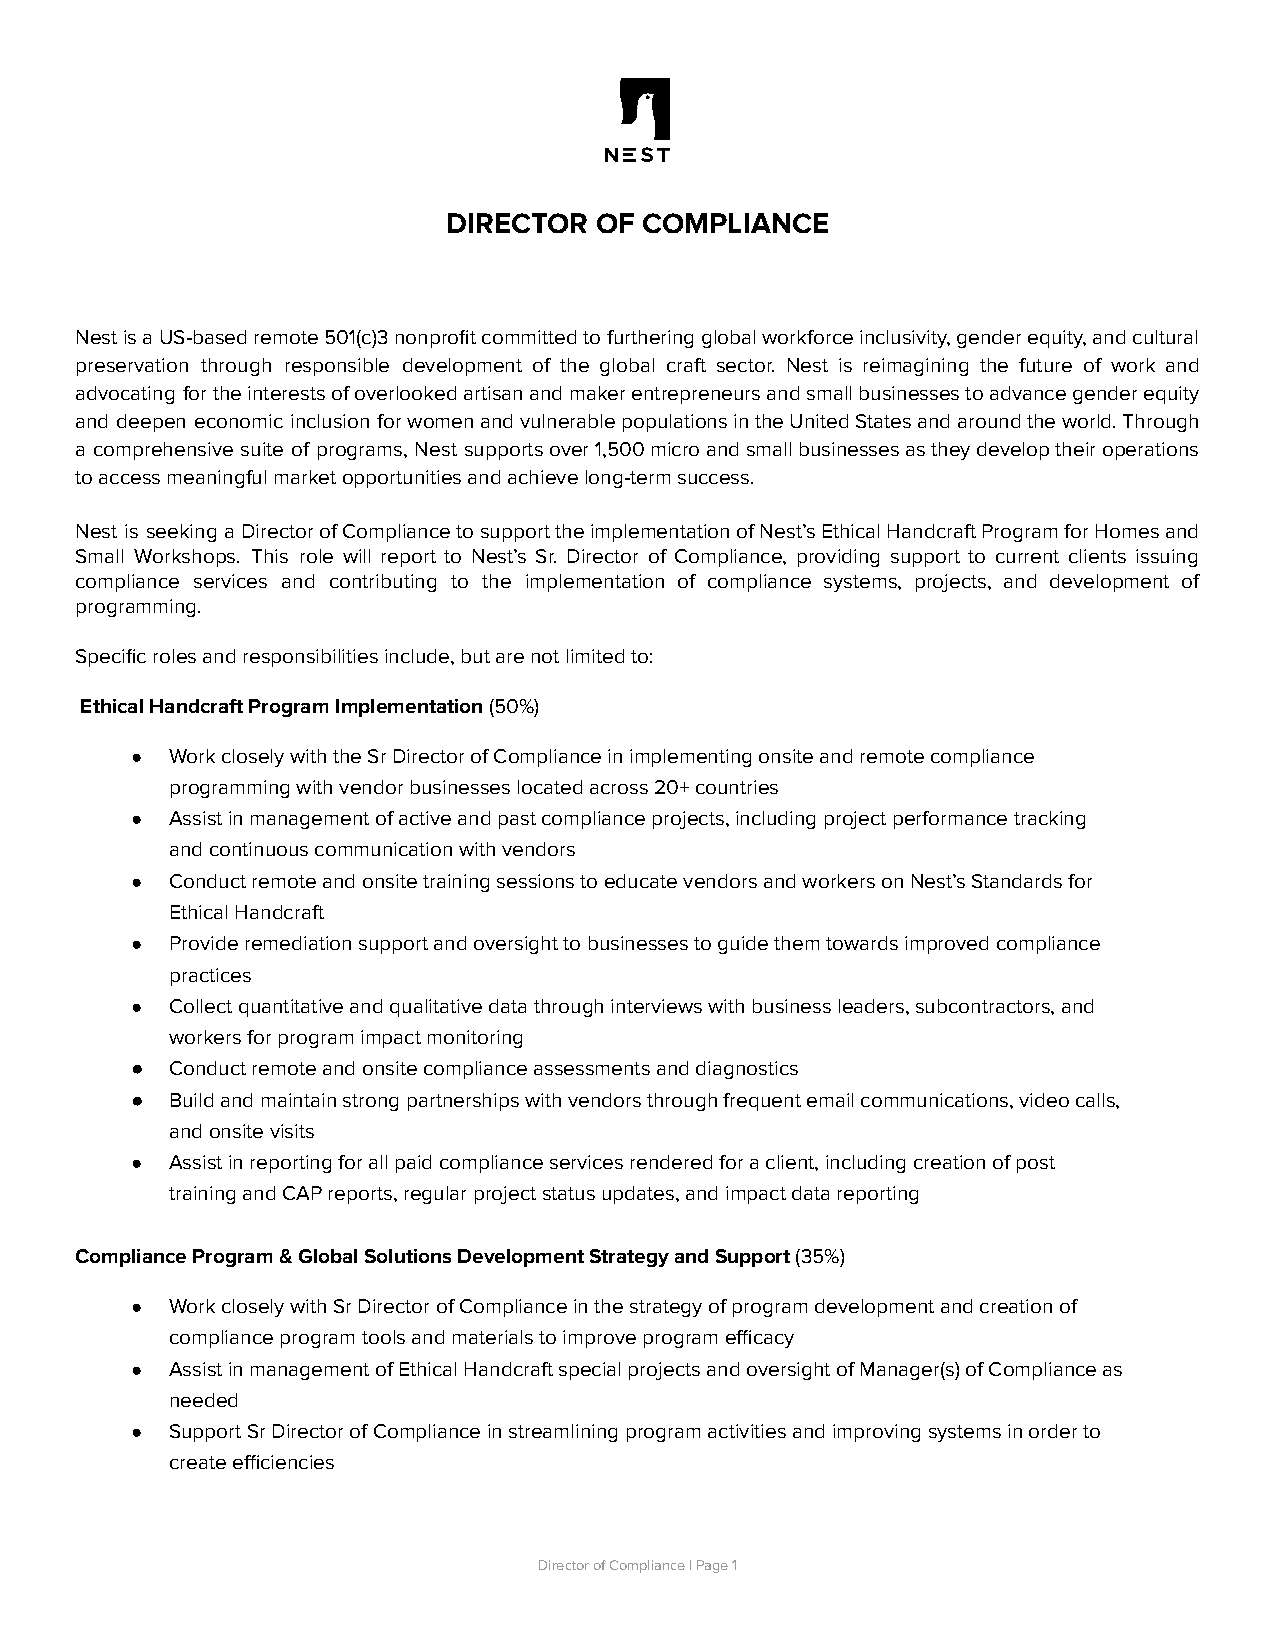
DIRECTOR OF  COMPLIANCE
 NestisaUS-basedremote501(c)3nonprofitcommittedtofurtheringglobalworkforceinclusivity,genderequity,andcultural
 preservation through responsible development of the global craft sector. Nest is reimagining the future of work and
 advocating fortheinterestsofoverlookedartisanandmakerentrepreneursandsmallbusinessestoadvancegenderequity
 and deepen economic inclusion forwomenandvulnerablepopulationsintheUnitedStatesandaroundtheworld.Through
 a comprehensive suite of programs, Nest supportsover1,500microandsmallbusinessesastheydeveloptheiroperations
 to access meaningful market opportunities and achieve long-term success.
 Nest is seeking aDirectorofCompliancetosupporttheimplementationofNest’sEthicalHandcraftProgramforHomesand
 Small Workshops. This role will report to Nest’s Sr. Director of Compliance, providing support to current clients issuing
 compliance services and contributing to the implementation of compliance systems, projects, and development of
 programming.
 Specific roles and responsibilities include, but are not limited to:
 Ethical Handcraft Program Implementation(50%)
 ● Work closely with the Sr Director of Compliance in implementing onsite and remote compliance
 programming with vendor businesses located across 20+ countries
 ● Assist in management of active and past compliance projects, including project performance tracking
 and continuous communication with vendors
 ● Conduct remote and onsite training sessions to educate vendors and workers on Nest’s Standards for
 Ethical Handcraft
 ● Provide remediation support and oversight to businesses to guide them towards improved compliance
 practices
 ● Collect quantitative and qualitative data through interviews with business leaders, subcontractors, and
 workers for program impact monitoring
 ● Conduct remote and onsite compliance assessments and diagnostics
 ● Build and maintain strong partnerships with vendors through frequent email communications, video calls,
 and onsite visits
 ● Assist in reporting for all paid compliance services rendered for a client, including creation of post
 training and CAP reports, regular project status updates, and impact data reporting
 Compliance Program & Global Solutions Development Strategy and Support(35%)
 ● Work closely with Sr Director of Compliance in the strategy of program development and creation of
 compliance program tools and materials to improve program efficacy
 ● Assist in management of Ethical Handcraft special projects and oversight of Manager(s) of Compliance as
 needed
 ● Support Sr Director of Compliance in streamlining program activities and improving systems in order to
 create efficiencies
 Director of Compliance | Page1